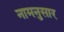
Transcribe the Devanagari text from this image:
नामनुसार